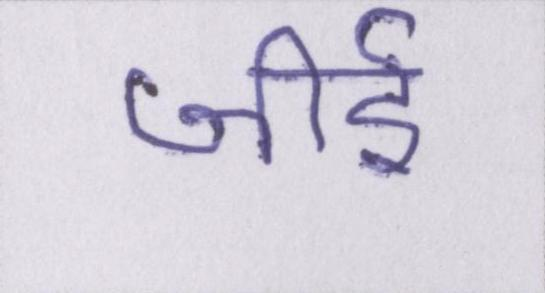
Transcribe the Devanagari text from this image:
जीर्इ